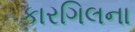
કારગિલના